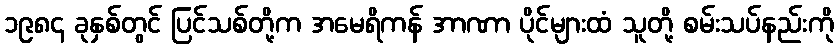
၁၉၈၄ ခုနှစ်တွင် ပြင်သစ်တို့က အမေရိကန် အာဏာ ပိုင်များထံ သူတို့ စမ်းသပ်နည်းကို